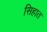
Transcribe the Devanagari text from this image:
सिहात